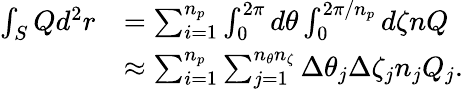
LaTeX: \begin{array}{rl}{\int_{S}Qd^{2}r}&{=\sum_{i=1}^{n_{p}}\int_{0}^{2\pi}d\theta\int_{0}^{2\pi/n_{p}}d\zeta nQ}\\ &{\approx\sum_{i=1}^{n_{p}}\sum_{j=1}^{n_{\theta}n_{\zeta}}\Delta\theta_{j}\Delta\zeta_{j}n_{j}Q_{j}.}\end{array}